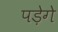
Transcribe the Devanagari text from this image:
पडे़गे